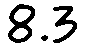
8.3